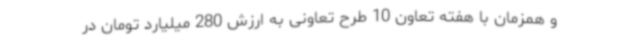
و همزمان با هفته تعاون 10 طرح تعاونی به ارزش 280 میلیارد تومان در